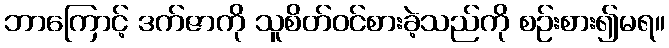
ဘာကြောင့် ဒက်ဇာကို သူစိတ်ဝင်စားခဲ့သည်ကို စဉ်းစား၍မရ။